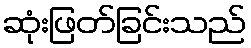
ဆုံးဖြတ်ခြင်းသည်